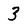
Character: 3